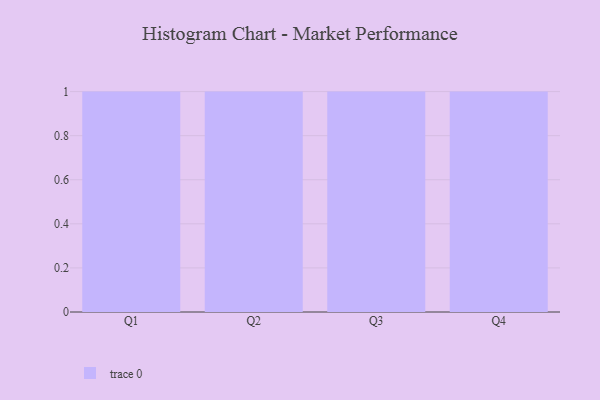
{"axis": {"x": "Quarter", "y": "Shipments"}, "legend": [""], "data": [{"x": "Q1", "y": 84, "type": ""}, {"x": "Q2", "y": 2, "type": ""}, {"x": "Q3", "y": 14, "type": ""}, {"x": "Q4", "y": 24, "type": ""}]}